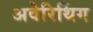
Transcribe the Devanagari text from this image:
अवेरिथिंग